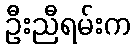
ဦးညီရမ်းက